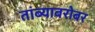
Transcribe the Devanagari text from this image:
तांब्याबरोबर